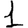
Digit: 1